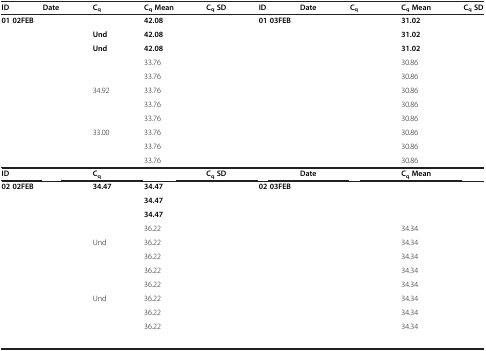
<table><thead><tr><td><b>ID</b></td><td><b>Date</b></td><td><b>C<sub>q</sub></b></td><td><b>C<sub>q </sub>Mean</b></td><td><b>C<sub>q </sub>SD</b></td><td><b>ID</b></td><td><b>Date</b></td><td><b>C<sub>q</sub></b></td><td><b>C<sub>q </sub>Mean</b></td><td><b>C<sub>q </sub>SD</b></td></tr></thead><tbody><tr><td colspan="2"><b>01 02FEB</b></td><td>[EMPTY_CELL]</td><td><b>42.08</b></td><td>[EMPTY_CELL]</td><td colspan="2"><b>01 03FEB</b></td><td>[EMPTY_CELL]</td><td><b>31.02</b></td><td>[EMPTY_CELL]</td></tr><tr><td colspan="2">[EMPTY_CELL]</td><td><b>Und</b></td><td><b>42.08</b></td><td>[EMPTY_CELL]</td><td colspan="2">[EMPTY_CELL]</td><td>[EMPTY_CELL]</td><td><b>31.02</b></td><td>[EMPTY_CELL]</td></tr><tr><td colspan="2">[EMPTY_CELL]</td><td><b>Und</b></td><td><b>42.08</b></td><td>[EMPTY_CELL]</td><td colspan="2">[EMPTY_CELL]</td><td>[EMPTY_CELL]</td><td><b>31.02</b></td><td>[EMPTY_CELL]</td></tr><tr><td colspan="2">[EMPTY_CELL]</td><td>[EMPTY_CELL]</td><td>33.76</td><td>[EMPTY_CELL]</td><td colspan="2">[EMPTY_CELL]</td><td>[EMPTY_CELL]</td><td>30.86</td><td>[EMPTY_CELL]</td></tr><tr><td colspan="2">[EMPTY_CELL]</td><td>[EMPTY_CELL]</td><td>33.76</td><td>[EMPTY_CELL]</td><td colspan="2">[EMPTY_CELL]</td><td>[EMPTY_CELL]</td><td>30.86</td><td>[EMPTY_CELL]</td></tr><tr><td colspan="2">[EMPTY_CELL]</td><td>34.92</td><td>33.76</td><td>[EMPTY_CELL]</td><td colspan="2">[EMPTY_CELL]</td><td>[EMPTY_CELL]</td><td>30.86</td><td>[EMPTY_CELL]</td></tr><tr><td colspan="2">[EMPTY_CELL]</td><td>[EMPTY_CELL]</td><td>33.76</td><td>[EMPTY_CELL]</td><td colspan="2">[EMPTY_CELL]</td><td>[EMPTY_CELL]</td><td>30.86</td><td>[EMPTY_CELL]</td></tr><tr><td colspan="2">[EMPTY_CELL]</td><td>[EMPTY_CELL]</td><td>33.76</td><td>[EMPTY_CELL]</td><td colspan="2">[EMPTY_CELL]</td><td>[EMPTY_CELL]</td><td>30.86</td><td>[EMPTY_CELL]</td></tr><tr><td colspan="2">[EMPTY_CELL]</td><td>33.00</td><td>33.76</td><td>[EMPTY_CELL]</td><td colspan="2">[EMPTY_CELL]</td><td>[EMPTY_CELL]</td><td>30.86</td><td>[EMPTY_CELL]</td></tr><tr><td colspan="2">[EMPTY_CELL]</td><td>[EMPTY_CELL]</td><td>33.76</td><td>[EMPTY_CELL]</td><td colspan="2">[EMPTY_CELL]</td><td>[EMPTY_CELL]</td><td>30.86</td><td>[EMPTY_CELL]</td></tr><tr><td colspan="2">[EMPTY_CELL]</td><td>[EMPTY_CELL]</td><td>33.76</td><td>[EMPTY_CELL]</td><td colspan="2">[EMPTY_CELL]</td><td>[EMPTY_CELL]</td><td>30.86</td><td>[EMPTY_CELL]</td></tr><tr><td><b>ID</b></td><td>[EMPTY_CELL]</td><td><b>C</b><sub><b>q</b></sub></td><td>[EMPTY_CELL]</td><td><b>C</b><sub><b>q </b></sub><b>SD</b></td><td>[EMPTY_CELL]</td><td><b>Date</b></td><td>[EMPTY_CELL]</td><td><b>C</b><sub><b>q </b></sub><b>Mean</b></td><td>[EMPTY_CELL]</td></tr><tr><td colspan="2"><b>02 02FEB</b></td><td><b>34.47</b></td><td><b>34.47</b></td><td>[EMPTY_CELL]</td><td colspan="2"><b>02 03FEB</b></td><td>[EMPTY_CELL]</td><td>[EMPTY_CELL]</td><td>[EMPTY_CELL]</td></tr><tr><td colspan="2">[EMPTY_CELL]</td><td>[EMPTY_CELL]</td><td><b>34.47</b></td><td>[EMPTY_CELL]</td><td colspan="2">[EMPTY_CELL]</td><td>[EMPTY_CELL]</td><td>[EMPTY_CELL]</td><td>[EMPTY_CELL]</td></tr><tr><td colspan="2">[EMPTY_CELL]</td><td>[EMPTY_CELL]</td><td><b>34.47</b></td><td>[EMPTY_CELL]</td><td colspan="2">[EMPTY_CELL]</td><td>[EMPTY_CELL]</td><td>[EMPTY_CELL]</td><td>[EMPTY_CELL]</td></tr><tr><td colspan="2">[EMPTY_CELL]</td><td>[EMPTY_CELL]</td><td>36.22</td><td>[EMPTY_CELL]</td><td colspan="2">[EMPTY_CELL]</td><td>[EMPTY_CELL]</td><td>34.34</td><td>[EMPTY_CELL]</td></tr><tr><td colspan="2">[EMPTY_CELL]</td><td>Und</td><td>36.22</td><td>[EMPTY_CELL]</td><td colspan="2">[EMPTY_CELL]</td><td>[EMPTY_CELL]</td><td>34.34</td><td>[EMPTY_CELL]</td></tr><tr><td colspan="2">[EMPTY_CELL]</td><td>[EMPTY_CELL]</td><td>36.22</td><td>[EMPTY_CELL]</td><td colspan="2">[EMPTY_CELL]</td><td>[EMPTY_CELL]</td><td>34.34</td><td>[EMPTY_CELL]</td></tr><tr><td colspan="2">[EMPTY_CELL]</td><td>[EMPTY_CELL]</td><td>36.22</td><td>[EMPTY_CELL]</td><td colspan="2">[EMPTY_CELL]</td><td>[EMPTY_CELL]</td><td>34.34</td><td>[EMPTY_CELL]</td></tr><tr><td colspan="2">[EMPTY_CELL]</td><td>[EMPTY_CELL]</td><td>36.22</td><td>[EMPTY_CELL]</td><td colspan="2">[EMPTY_CELL]</td><td>[EMPTY_CELL]</td><td>34.34</td><td>[EMPTY_CELL]</td></tr><tr><td colspan="2">[EMPTY_CELL]</td><td>Und</td><td>36.22</td><td>[EMPTY_CELL]</td><td colspan="2">[EMPTY_CELL]</td><td>[EMPTY_CELL]</td><td>34.34</td><td>[EMPTY_CELL]</td></tr><tr><td colspan="2">[EMPTY_CELL]</td><td>[EMPTY_CELL]</td><td>36.22</td><td>[EMPTY_CELL]</td><td colspan="2">[EMPTY_CELL]</td><td>[EMPTY_CELL]</td><td>34.34</td><td>[EMPTY_CELL]</td></tr><tr><td colspan="2">[EMPTY_CELL]</td><td>[EMPTY_CELL]</td><td>36.22</td><td>[EMPTY_CELL]</td><td colspan="2">[EMPTY_CELL]</td><td>[EMPTY_CELL]</td><td>34.34</td><td>[EMPTY_CELL]</td></tr><tr><td colspan="2">[EMPTY_CELL]</td><td>[EMPTY_CELL]</td><td>[EMPTY_CELL]</td><td>[EMPTY_CELL]</td><td colspan="2">[EMPTY_CELL]</td><td>[EMPTY_CELL]</td><td>[EMPTY_CELL]</td><td>[EMPTY_CELL]</td></tr></tbody></table>